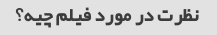
نظرت در مورد فیلم چیه؟